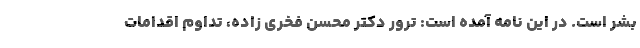
بشر است. در این نامه آمده است: ترور دکتر محسن فخری زاده، تداوم اقدامات